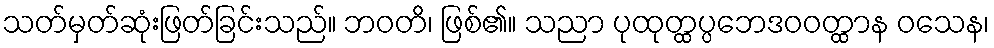
သတ်မှတ်ဆုံးဖြတ်ခြင်းသည်။ ဘဝတိ၊ ဖြစ်၏။ သညာ ပုထုတ္ထပ္ပဘေဒဝဝတ္ထာန ဝသေန၊